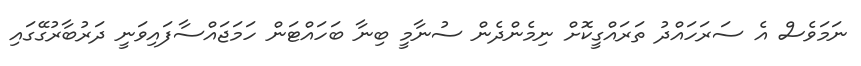
ނަމަވެސް އެ ސަރަހައްދު ތަރައްގީކޮށް ނިމެންދެން ސުނާމީ ބިނާ ބަހައްޓަން ހަަމަޖައްސާފައިވަނީ ދަރުބާރުގޭގައި